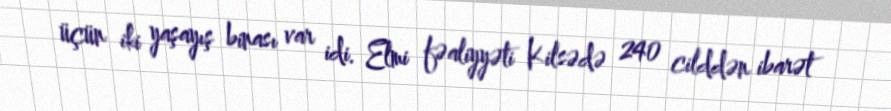
üçün iki yaşayış binası var idi. Elmi fəaliyyəti Kilsədə 240 cilddən ibarət